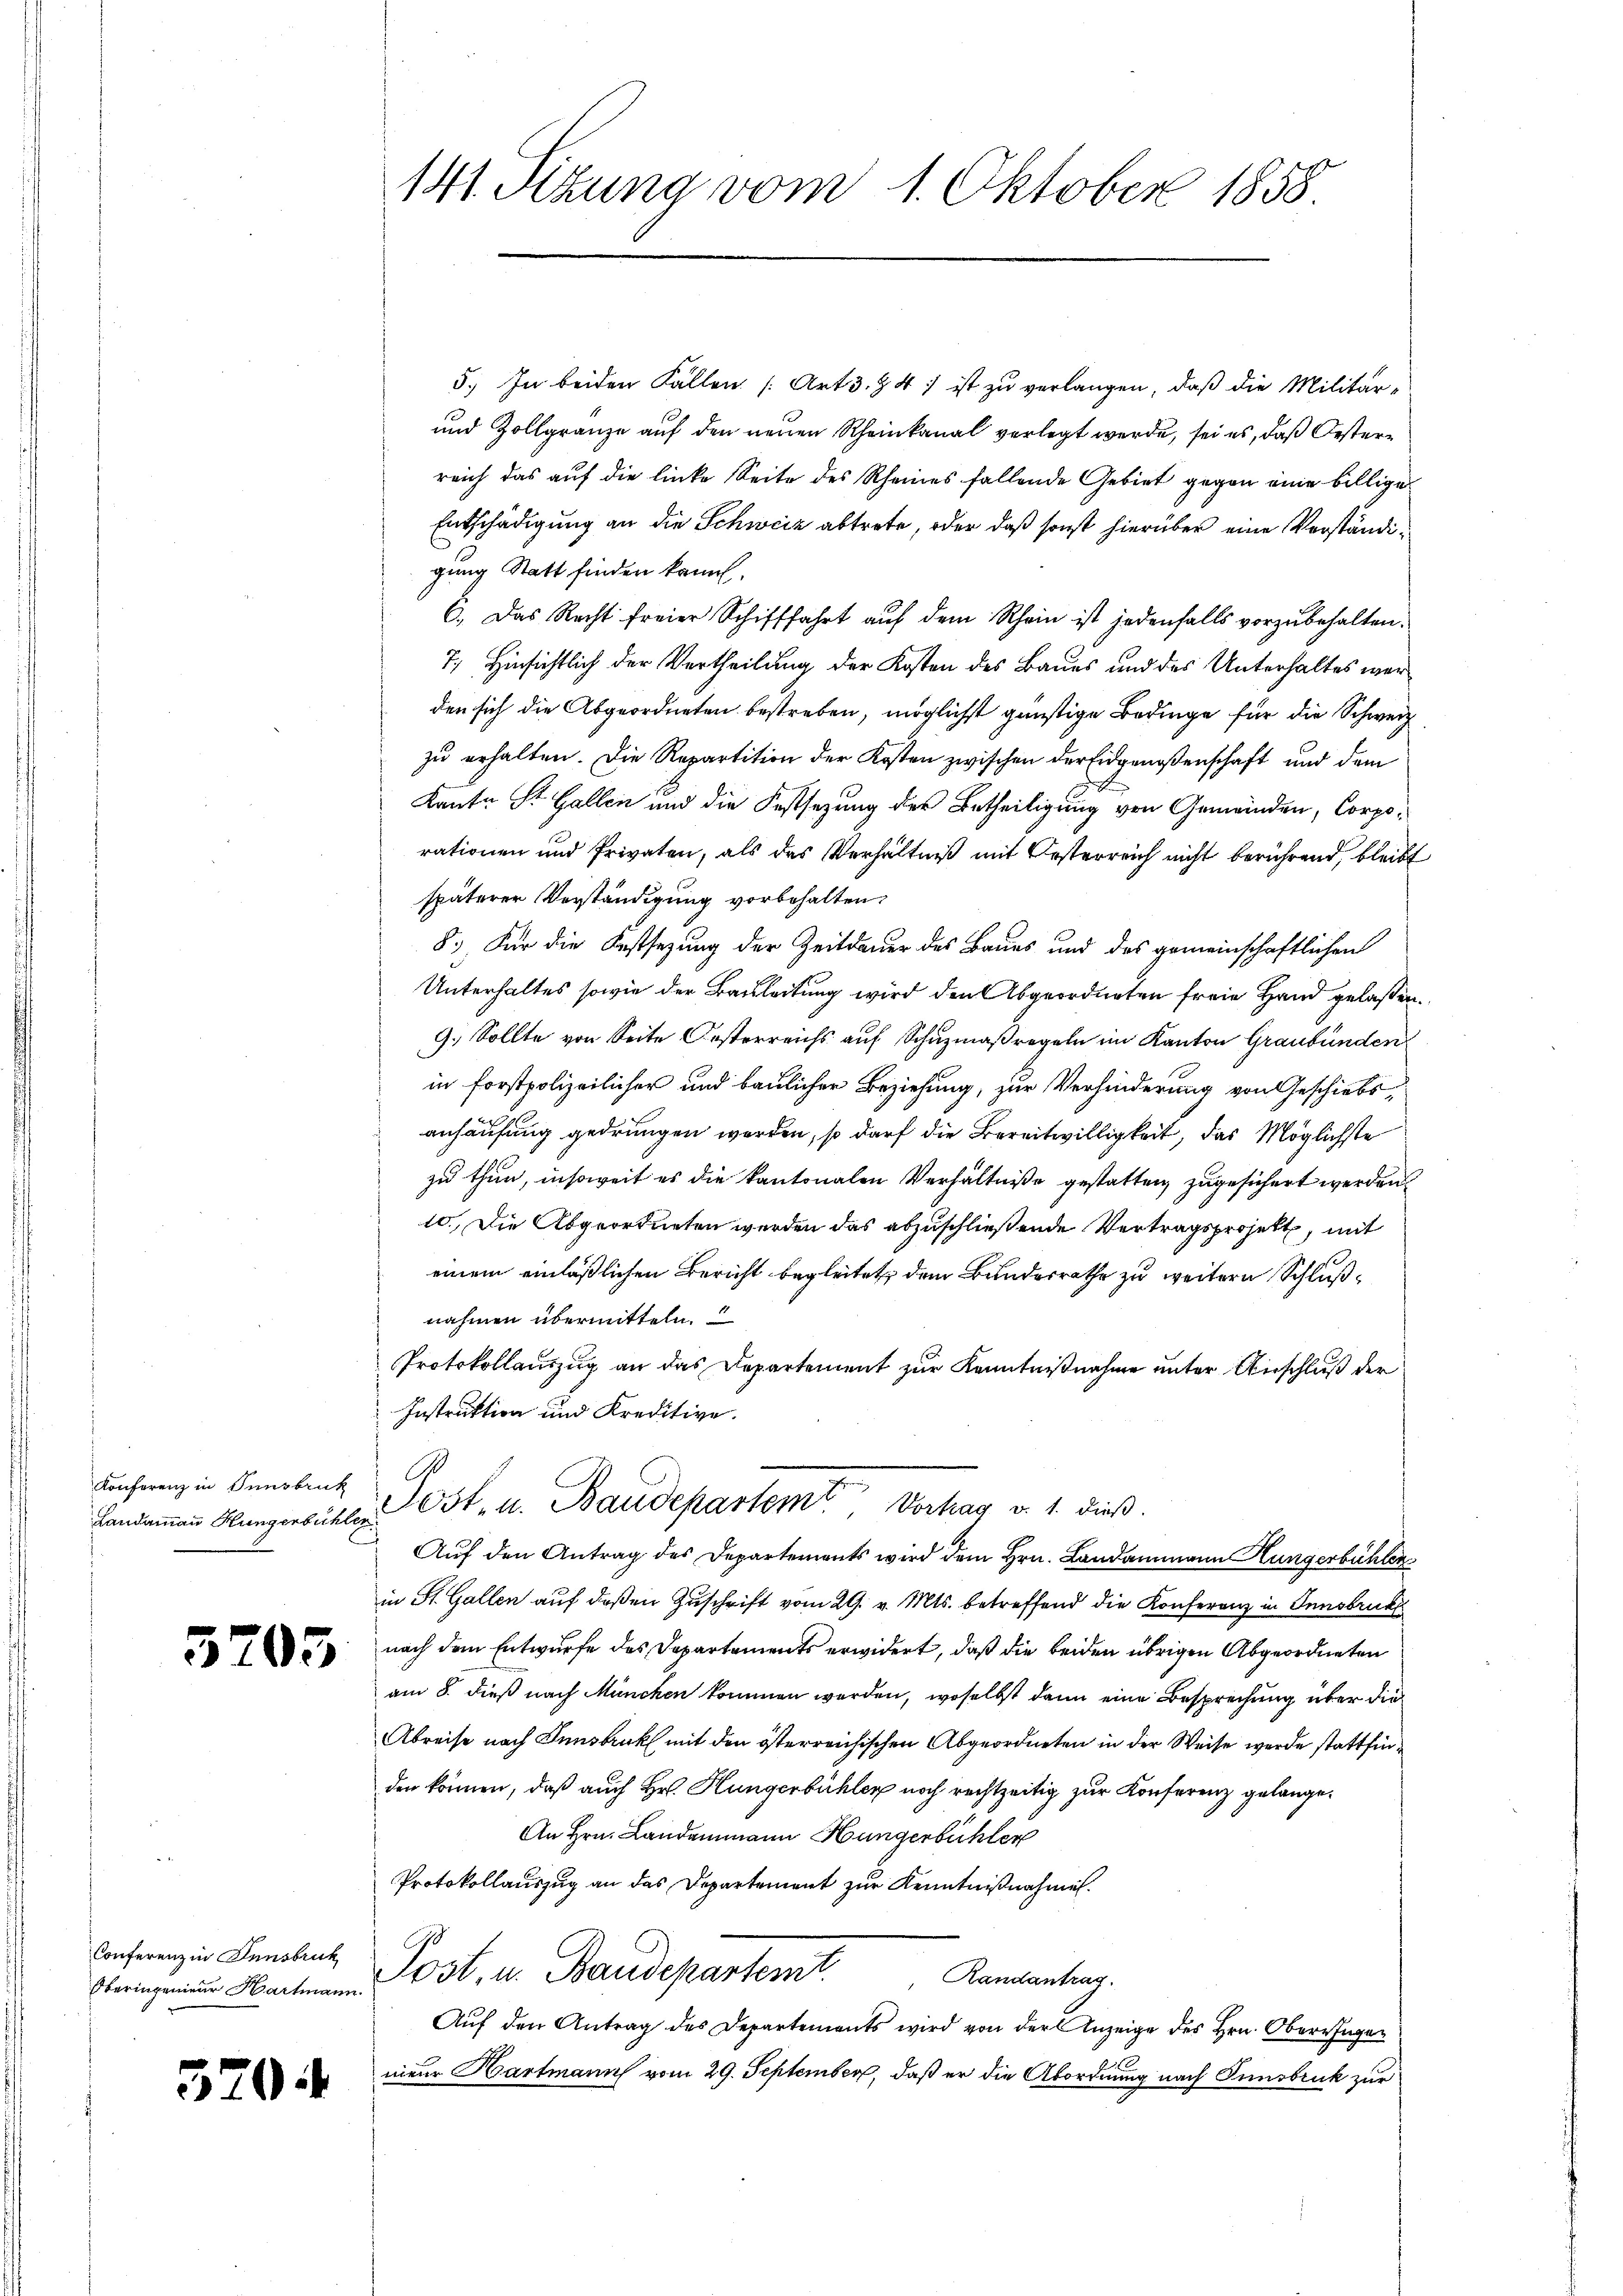
Konferenz in Innsbruck
Landammann Hungenbüchler

5205

Conferenz in Innsbruck
Oberingenieur Hartmann.

520

141. Sitzung vom 1. Oktober 1858

5.) In beiden Fällen [Art 3. § 4 ; ist zu verlangen, daß die Militär-
und Zollgränze auf den neuen Rheinkanal verlegt werde, sei es, daß Oesterreich das auf die linke Seite des Rheines fallende Gebiet gegen eine billige
Entschädigung an die Schweiz abtrete, oder daß sonst hierüber eine Verständigung Statt finden kann.
6. Das Recht freier Schifffahrt auf dem Rhein ist jedenfalls vorzubehalten.
7) Hinsichtlich der Vertheilung der Kosten des Baues und des Unterhaltes werden sich die Abgeordneten bestreben, möglichst günstige Bedinge für die Schweiz
zu erhalten. Die Repartition der Kosten zwischen der Eidgenoßenschaft und dem
Kanto St. Gallen und die Festsezung des Betheiligung von Gemeinden, Corporationen und Privaten, als das Verhältniß mit Oesterreich nicht berührend bleibt
späterer Verständigung vorbehalten,
8.) Für die Festsezung der Zeitdauer des Baues und des gemeinschaftlichen
Unterhaltes sowie der Bauleitung wird den Abgeordneten freie Hand gelaßen.
9.) Sollte von Seite Oesterreichs auf Schuzmaßregeln im Kanton Graubünden
in forstpolizeilicher und baulicher Beziehung, zur Verhinderung von Geschiebsanhausung gedrungen worden, so darf die Bereitwilligkeit, das Möglichste
zu thun, insoweit es die kantonalen Verhältniße gestatten, zugesichert werden.
10. Die Abgeordneten werden das abzuschließende Vertragsprojekt, mit
einem einläßlichen Bericht begleitet, dem Bundesrathe zu weitern Schlußnahmen übermitteln.
Protokollauszug an das Departement zur Kenntnißnahme unter Anschluß der
Instruktion und Kreditive.
Post- u. Baudepartem Vorhag v. 1. dieß.
Auf den Antrag des Departements wird dem Hrn. Landammann Hungerbühler
in St. Gallen auf deßen Zuschrift vom 29. v. Mts. betreffend die Konferenz in Innsbruck
nach dem Entwurfe des Departements erwidert, daß die beiden übrigen Abgeordneten
am 8. dieß nach München kommen werden, woselbst dann eine Besprechung über die
Abreise nach Innsbruck mit den österreichischen Abgeordneten in der Weise werde stattfinden können, daß auch Hr. Hungerbühler noch rechtzeitig zur Konferenz gelange¬
An Hrn. Landammann Hungerbüchler
Protokollauszug an das Departement zur Kenntnißnahmen.
Post, u. Baudepartemt. Randanting.
Auf den Antrag des Departements wird von der Anzeige des Hrn. Obern Ingen
nieur Hartmann vom 29. September, daß er die Abordnung nach Innsbruck zur